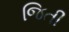
જિતી